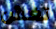
تغش